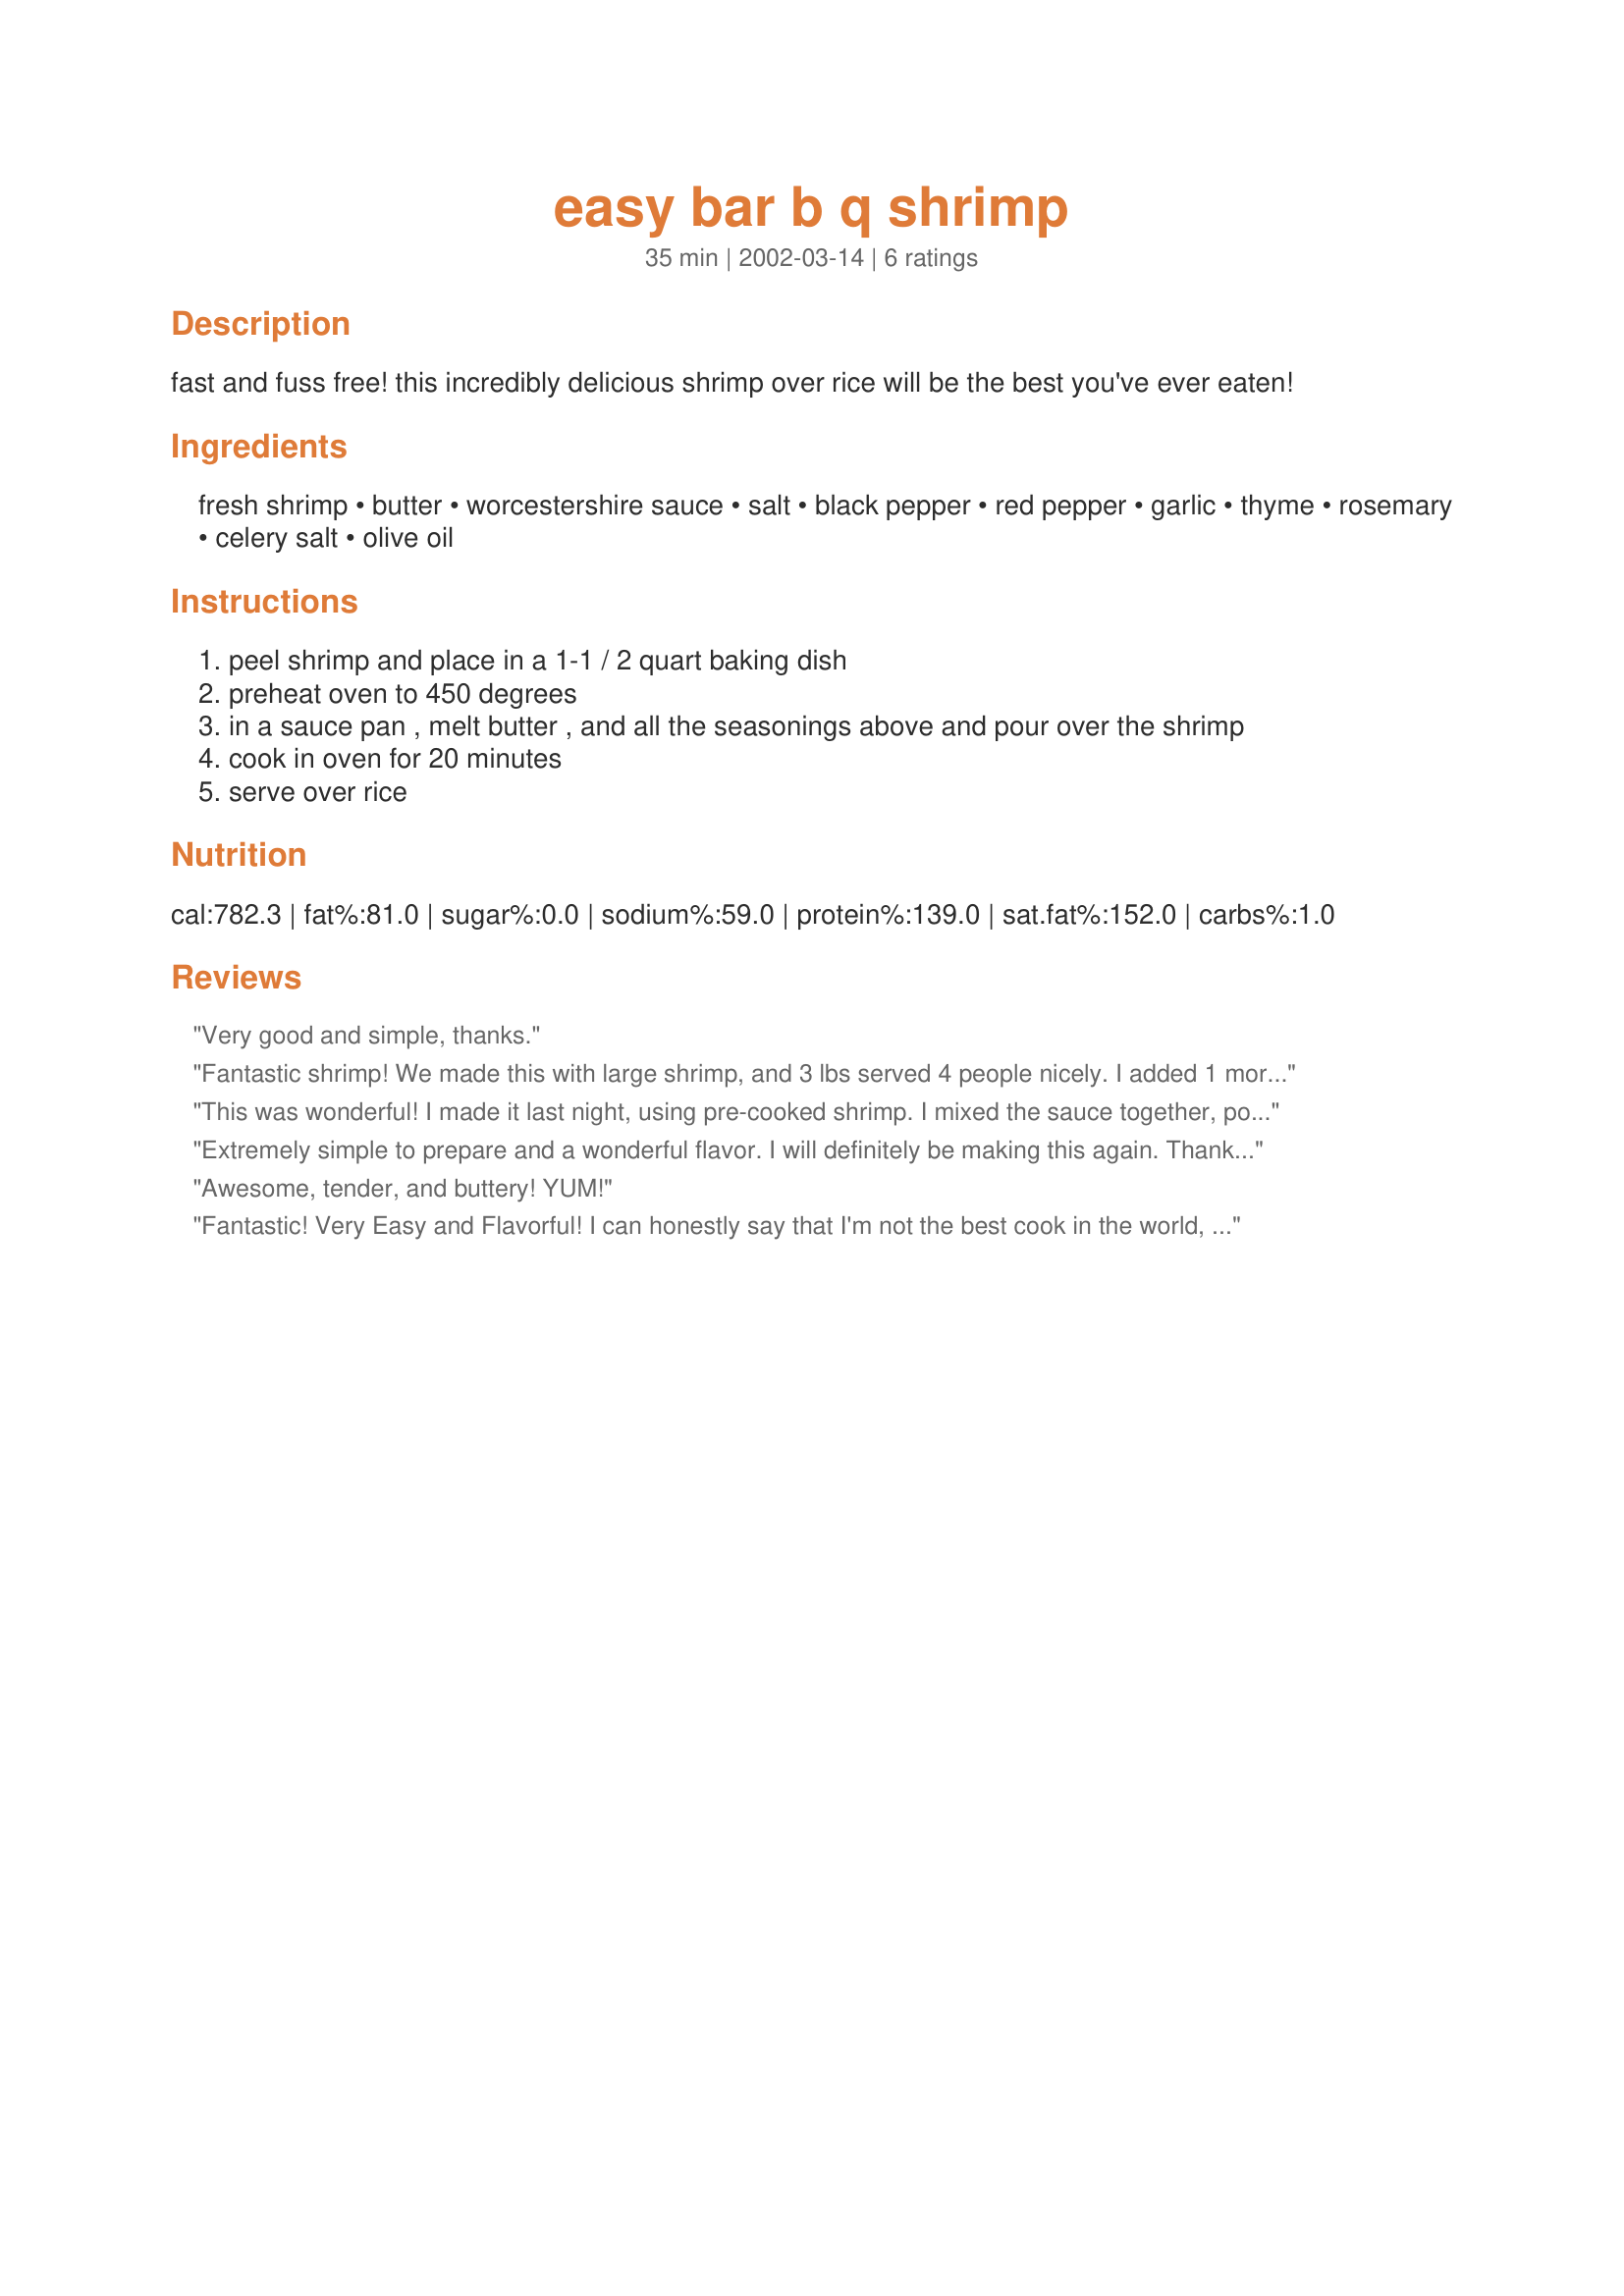
easy bar b q shrimp
Preparation time: 35 minutes

fast and fuss free! this incredibly delicious shrimp over rice will be the best you've ever eaten!

Ingredients:
fresh shrimp, butter, worcestershire sauce, salt, black pepper, red pepper, garlic, thyme, rosemary, celery salt, olive oil

Steps:
peel shrimp and place in a 1-1 / 2 quart baking dish
preheat oven to 450 degrees
in a sauce pan , melt butter , and all the seasonings above and pour over the shrimp
cook in oven for 20 minutes
serve over rice

Reviews:
Very good and simple, thanks.
Fantastic shrimp! We made this with large shrimp, and 3 lbs served 4 people nicely. I added 1 more teaspoon garlic, left out the regular salt, and used 1/2 teaspoon each onion salt and celery salt. We had baked potatoes with this. Great flavor, very easy. Thanks Gingerbee, this is one we will use a lot!
This was wonderful! I made it last night, using pre-cooked shrimp. I mixed the sauce together, poured it over the shrimp, and let it marinate in the fridge for about an hour. Then I put everything in a glass baking dish, and put it in the oven long enough to warm it through. I served it with brown rice, salad and biscuits. We loved it, and will definately make it again.
Extremely simple to prepare and a wonderful flavor. I will definitely be making this again. Thanks so much for sharing.
Awesome, tender, and buttery! YUM!
Fantastic! Very Easy and Flavorful!

I can honestly say that I'm not the best cook in the world, but this was amazingly easy to make. My hubby raved!!! The flavor was perfect. I cut the recipe in half and served it over rice...so, yummy. Next time, I'm gonna try serving it over noodles with alfredo sauce.
